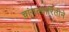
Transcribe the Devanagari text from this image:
चांगल्यारितीने